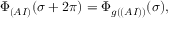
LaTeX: \Phi _ { ( A I ) } ( \sigma + 2 \pi ) = \Phi _ { g ( ( A I ) ) } ( \sigma ) ,